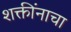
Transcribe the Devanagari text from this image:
शक्तींनाचा